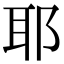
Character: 耶